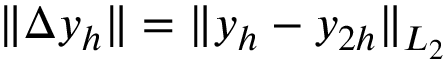
\| \Delta y _ { h } \| = \| y _ { h } - y _ { 2 h } \| _ { L _ { 2 } }